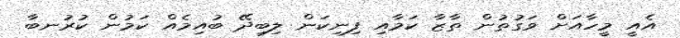
އެއީ މީހާއަށް ވަގުތުން ތާޒާ ކަމާއި ފިނިކަން ލިބިދޭ ބުއިމެއް ކަމުން ކުރުނބާ